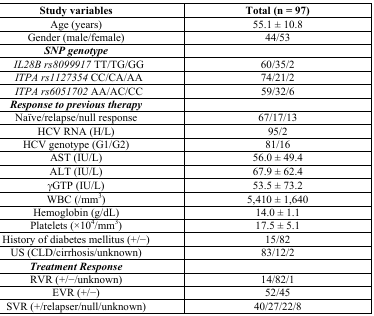
<table><thead><tr><td><b>Study variables</b></td><td><b>Total (n = 97)</b></td></tr></thead><tbody><tr><td>Age (years)</td><td>55.1 ± 10.8</td></tr><tr><td>Gender (male/female)</td><td>44/53</td></tr><tr><td><b><i>SNP genotype</i></b></td><td></td></tr><tr><td><i>IL28B rs8099917</i> TT/TG/GG</td><td>60/35/2</td></tr><tr><td><i>ITPA rs1127354</i> CC/CA/AA</td><td>74/21/2</td></tr><tr><td><i>ITPA rs6051702</i> AA/AC/CC</td><td>59/32/6</td></tr><tr><td><b><i>Response to previous therapy</i></b></td><td></td></tr><tr><td>Naïve/relapse/null response</td><td>67/17/13</td></tr><tr><td>HCV RNA (H/L)</td><td>95/2</td></tr><tr><td>HCV genotype (G1/G2)</td><td>81/16</td></tr><tr><td>AST (IU/L)</td><td>56.0 ± 49.4</td></tr><tr><td>ALT (IU/L)</td><td>67.9 ± 62.4</td></tr><tr><td>γGTP (IU/L)</td><td>53.5 ± 73.2</td></tr><tr><td>WBC (/mm<sup>3</sup>)</td><td>5,410 ± 1,640</td></tr><tr><td>Hemoglobin (g/dL)</td><td>14.0 ± 1.1</td></tr><tr><td>Platelets (×10<sup>4</sup>/mm<sup>3</sup>)</td><td>17.5 ± 5.1</td></tr><tr><td>History of diabetes mellitus (+/−)</td><td>15/82</td></tr><tr><td>US (CLD/cirrhosis/unknown)</td><td>83/12/2</td></tr><tr><td><b><i>Treatment Response</i></b></td><td></td></tr><tr><td>RVR (+/−/unknown)</td><td>14/82/1</td></tr><tr><td>EVR (+/−)</td><td>52/45</td></tr><tr><td>SVR (+/relapser/null/unknown)</td><td>40/27/22/8</td></tr></tbody></table>